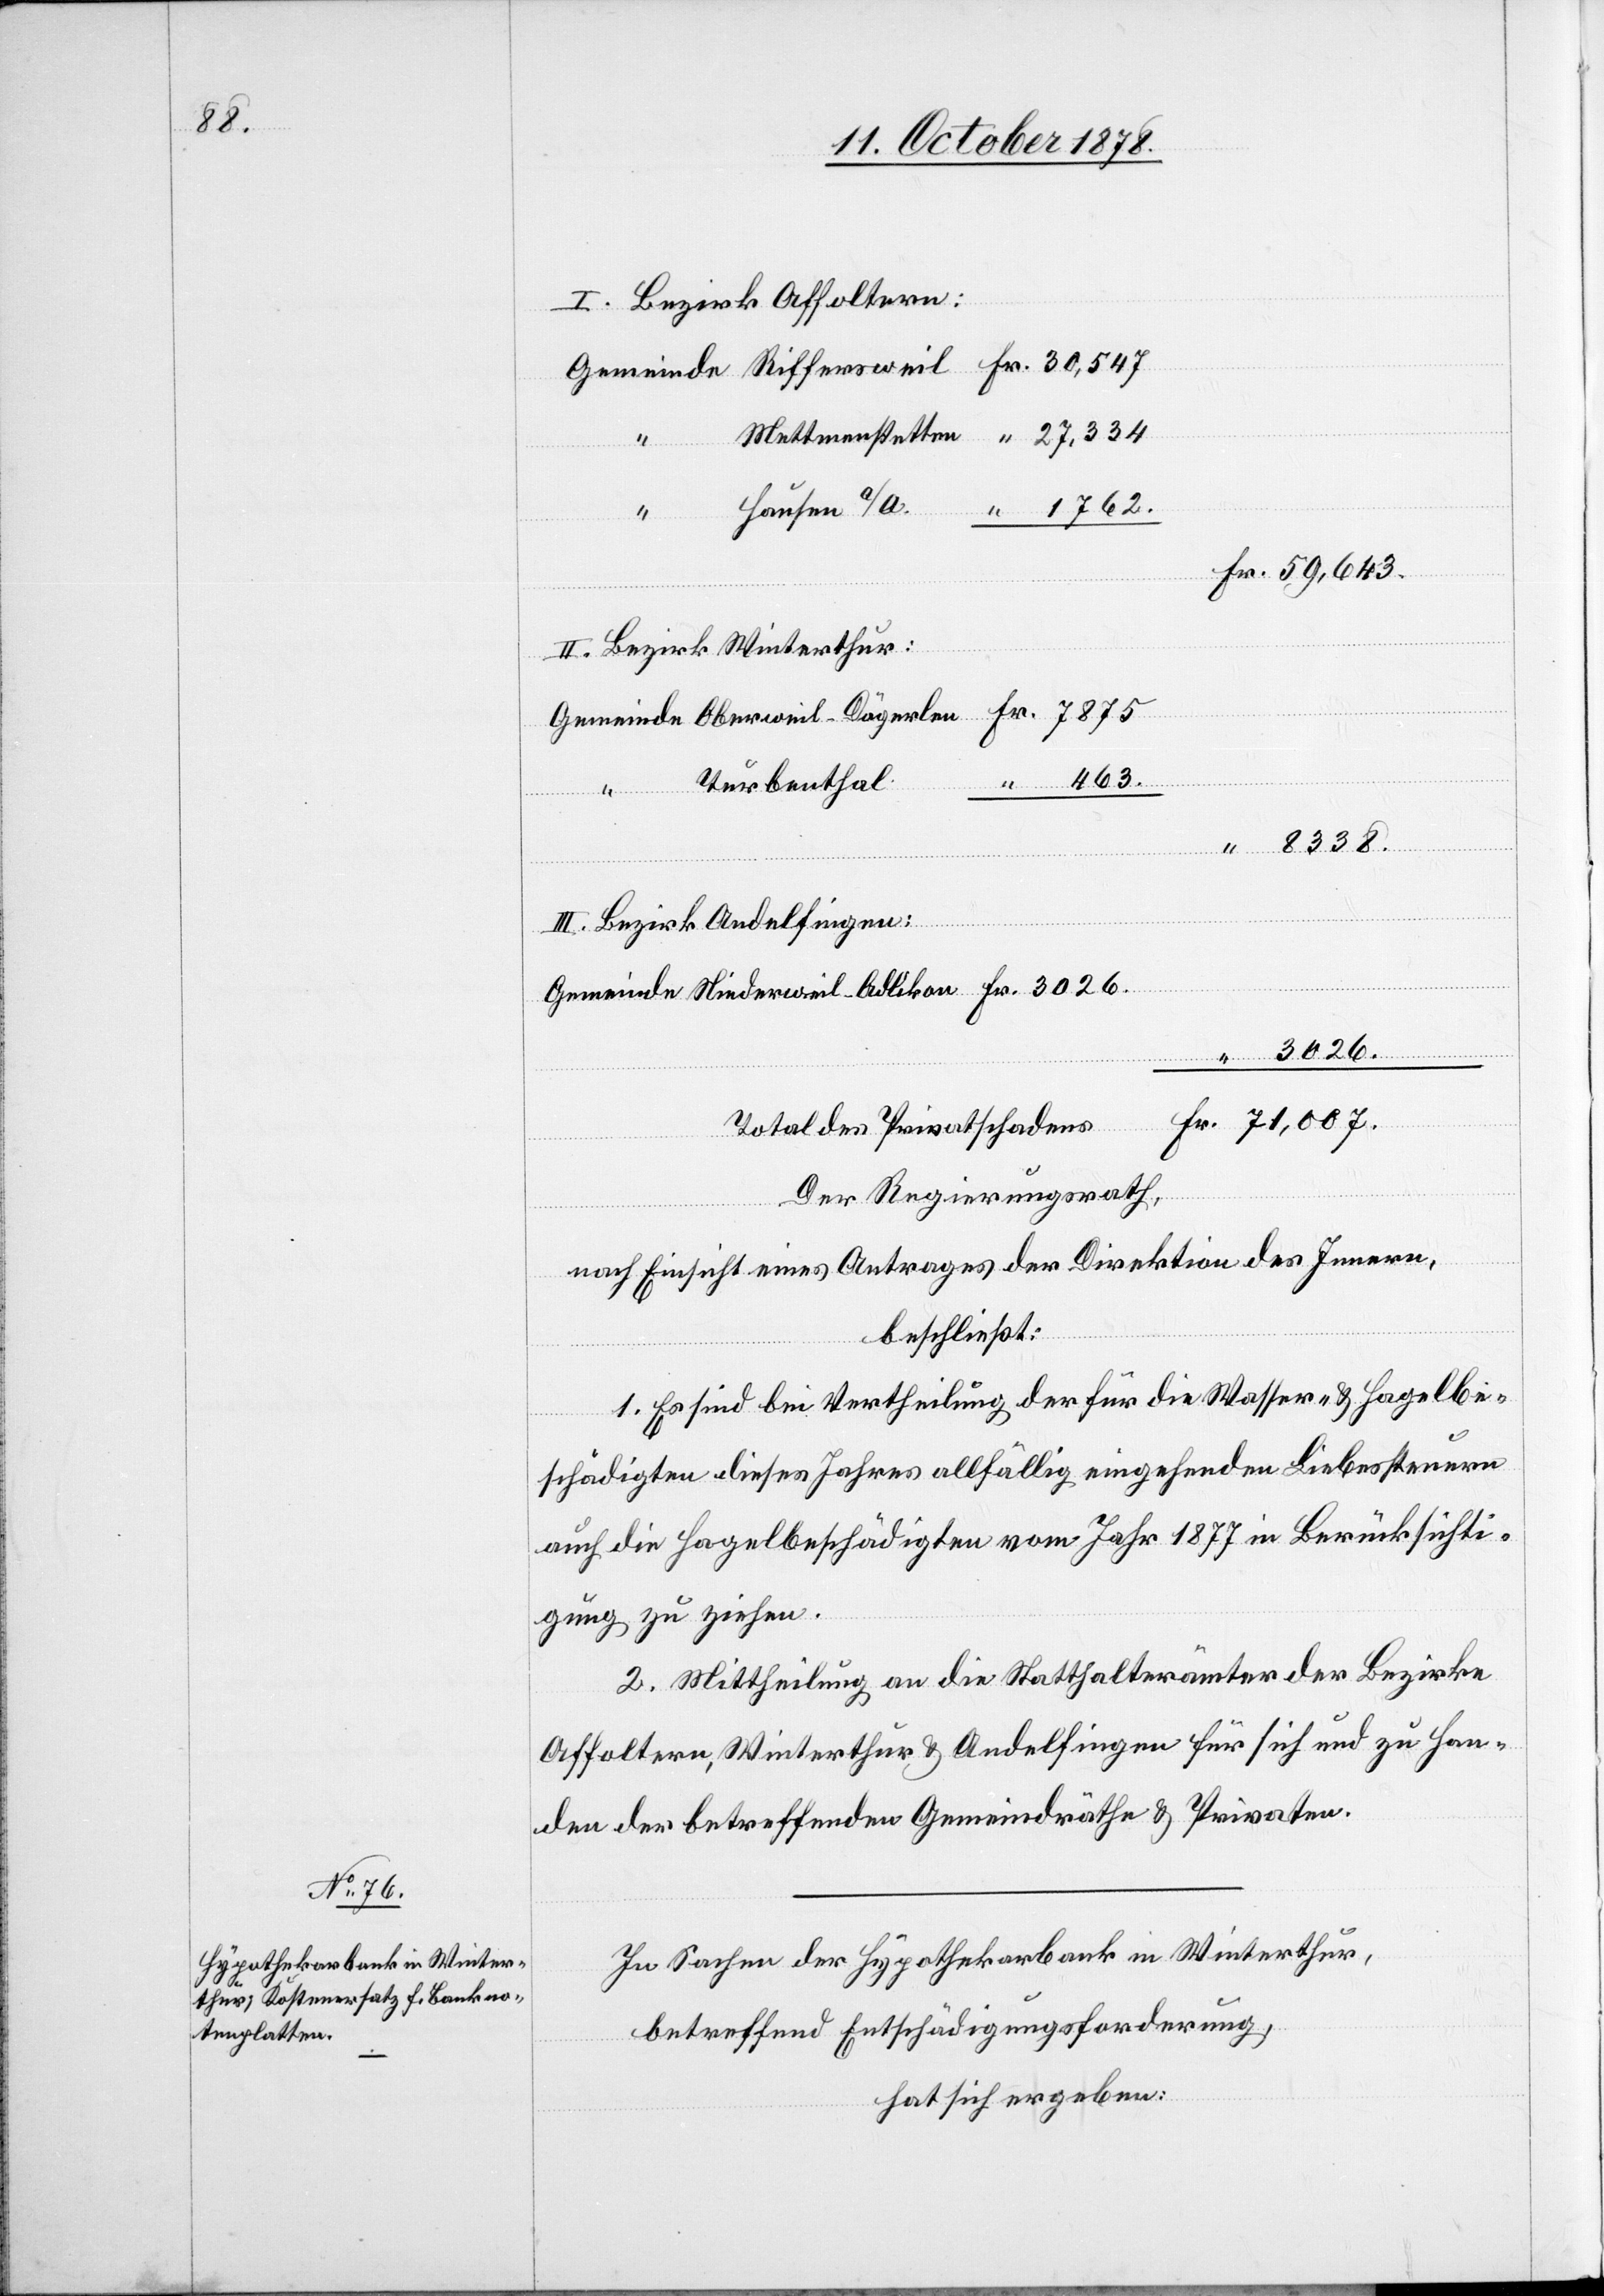
8338.

I. Bezirk Affoltern:
“ Hausen a/A.
1762.
II. Bezirk Winterthur:
Turbenthal
463.
Gemeinde
III. Bezirk Andelfingen:
3026.
Total des Privatschadens
Der Regierungsrath,
nach Einsicht eines Antrages der Direktion des Innern,
beschließt:
1. Es sind bei Vertheilung der für die Wasser- & Hagelbe¬
schädigten dieses Jahres allfällig eingehenden Liebessteuern
auch die Hagelbeschädigten vom Jahr 1877 in Berücksichti¬
gung zu ziehen.
2. Mittheilung an die Statthalterämter der Bezirke
Affoltern, Winterthur & Andelfingen für sich und zu Han¬
den der betreffenden Gemeindräthe & Privaten.
In Sachen der Hypothekarbank in Winterthur,
betreffend Entschädigungsforderung,
hat sich ergeben: